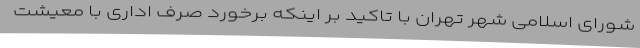
شورای اسلامی شهر تهران با تاکید بر اینکه برخورد صرف اداری با معیشت